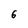
Character: 6